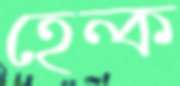
হেন্ক